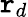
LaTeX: \mathtt{r}_{d}